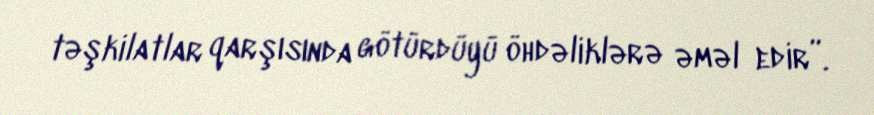
təşkilatlar qarşısında götürdüyü öhdəliklərə əməl edir”.